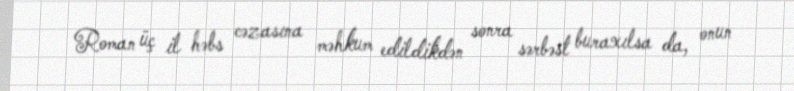
Roman üç il həbs cəzasına məhkum edildikdən sonra sərbəst buraxılsa da, onun